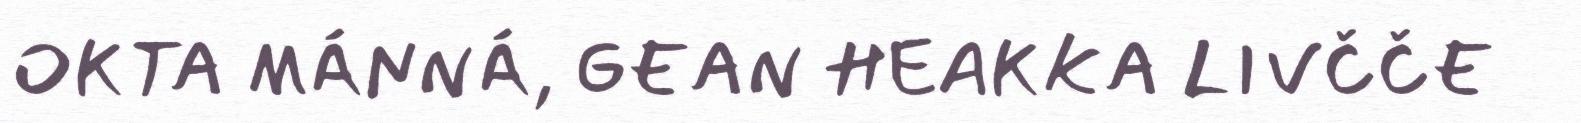
OKTA MÁNNÁ, GEAN HEAKKA LIVČČE